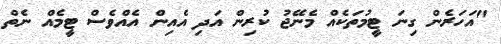
"އަހަރެން ގިނަ ޓީމުތަކެއް މެނޭޖު ކުރިން އަދި އެއިން އެއްވެސް ޓީމެއް ނެތް